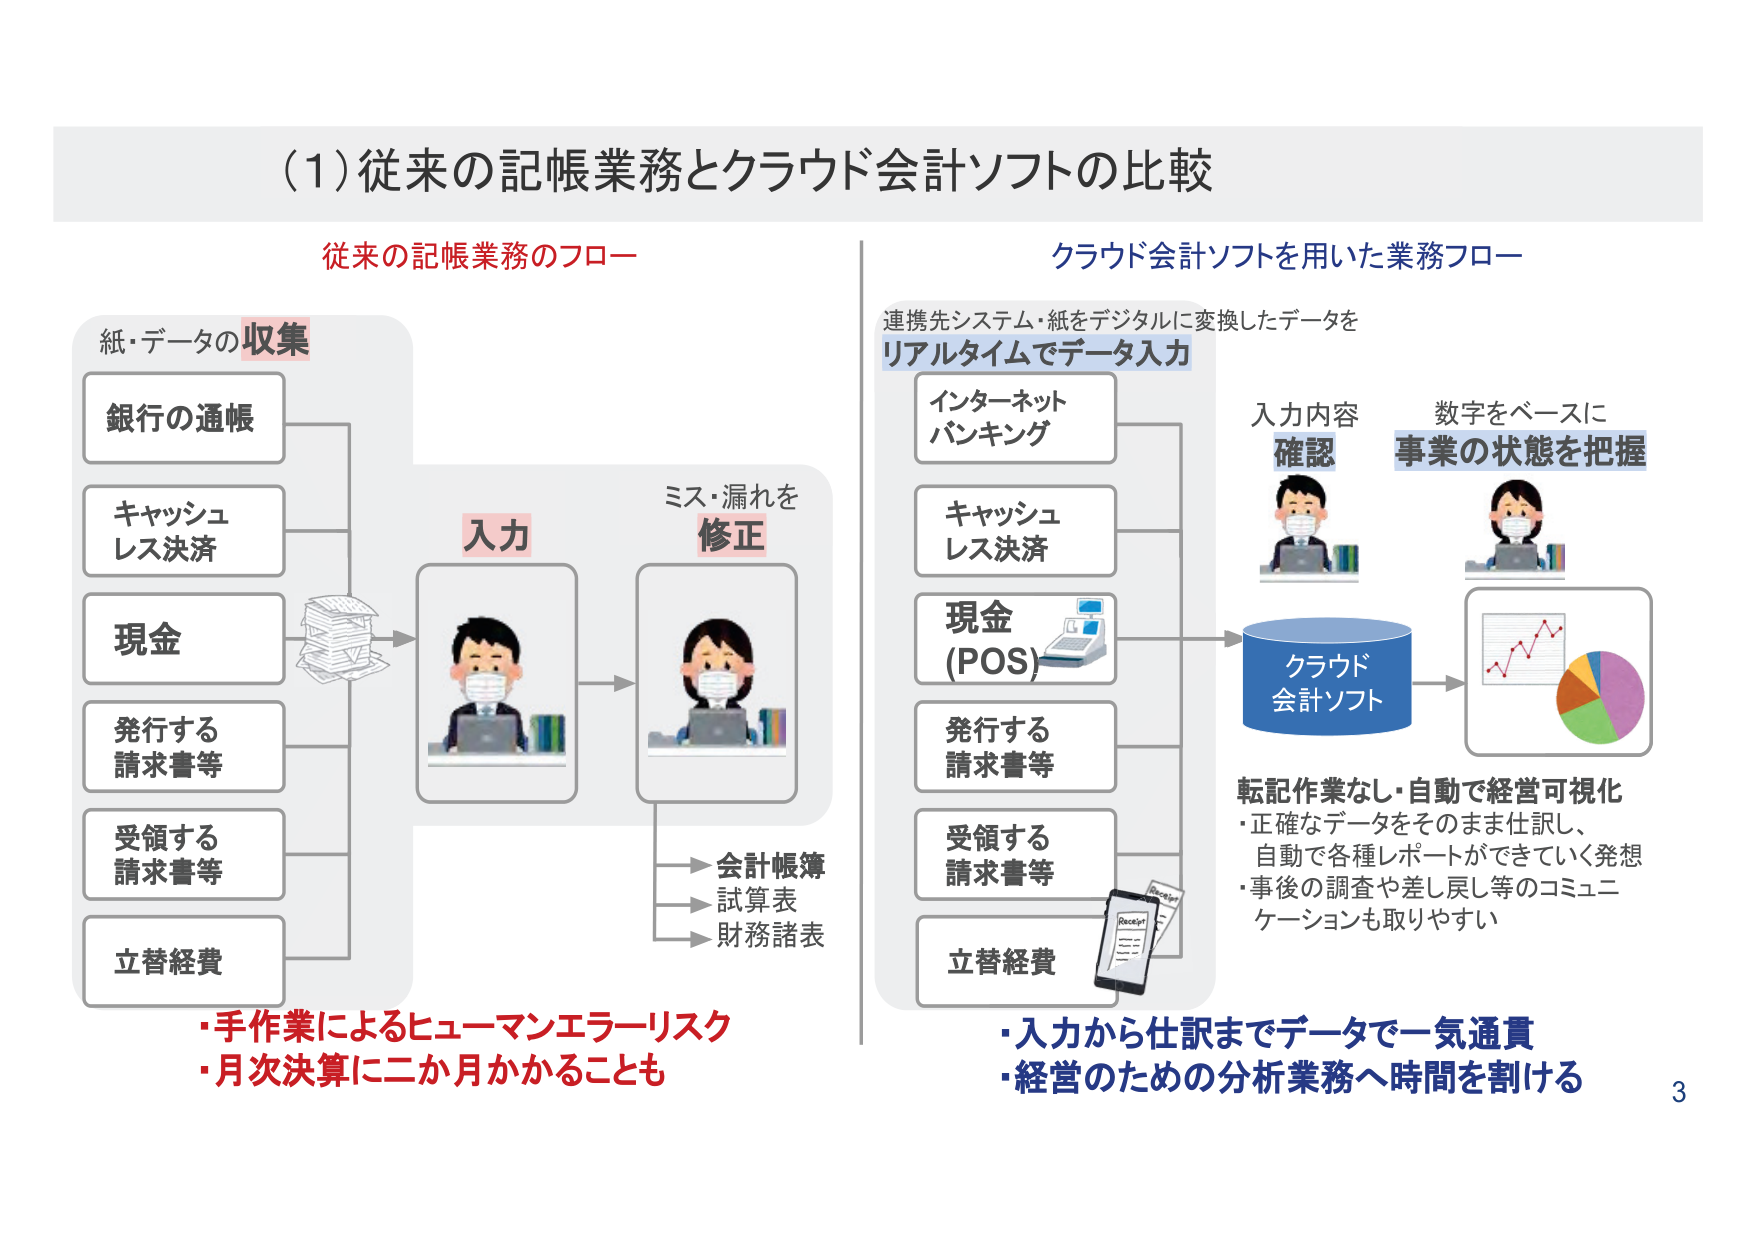
(1)従来の記帳業務とクラウド会計ソフトの比較

従来の記帳業務のフロー

紙・データの収集
銀行の通帳
キャッシュレス決済
現金
発行する請求書等
受領する請求書等
立替経費

入力
ミス・漏れを修正

会計帳簿
試算表
財務諸表

・手作業によるヒューマンエラーリスク
・月次決算に二か月かかることも

クラウド会計ソフトを用いた業務フロー

連携先システム・紙をデジタルに変換したデータを
リアルタイムでデータ入力

インターネット
バンキング
キャッシュレス決済
現金 (POS)
発行する請求書等
受領する請求書等
立替経費

入力内容
確認

数字をベースに
事業の状態を把握

クラウド
会計ソフト

転記作業なし・自動で経営可視化
・正確なデータをそのまま仕訳し、
自動で各種レポートができていく発想
・事後の調査や差し戻し等のコミュニケーションも取りやすい

・入力から仕訳までデータで一気通貫
・経営のための分析業務へ時間を割ける

3